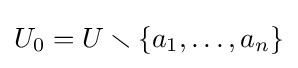
U_{0}=U\smallsetminus \{a_{1},\ldots ,a_{n}\}